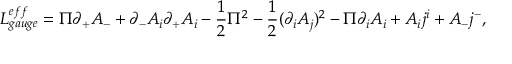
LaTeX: { \cal L } _ { g a u g e } ^ { e f f } = \Pi \partial _ { + } A _ { - } + \partial _ { - } A _ { i } \partial _ { + } A _ { i } - \frac 1 2 \Pi ^ { 2 } - \frac 1 2 ( \partial _ { i } A _ { j } ) ^ { 2 } - \Pi \partial _ { i } A _ { i } + A _ { i } j ^ { i } + A _ { - } j ^ { - } ,